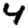
Digit: 4